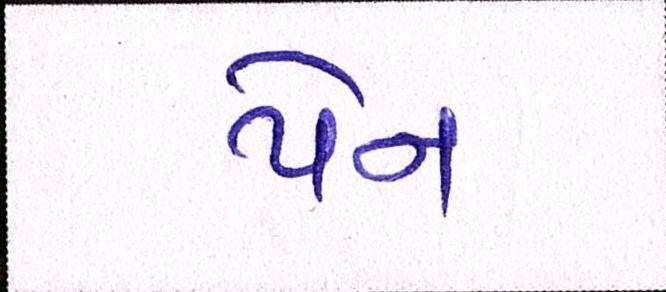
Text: પેન